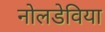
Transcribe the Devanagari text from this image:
नोलडेविया